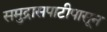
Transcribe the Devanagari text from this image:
समुद्रासपाटीपासून